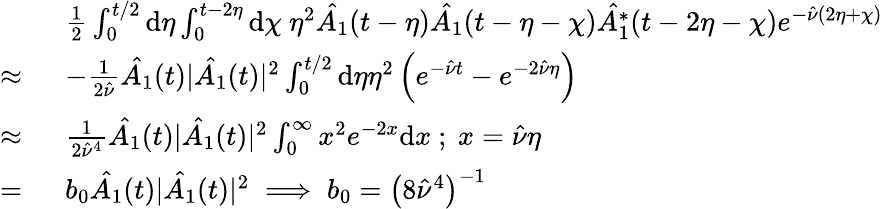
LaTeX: \begin{array}{rl}&{\frac{1}{2}\int_{0}^{t/2}\mathrm{d}\eta\int_{0}^{t-2\eta}\mathrm{d}\chi\ \eta^{2}\hat{A_{1}}(t-\eta)\hat{A_{1}}(t-\eta-\chi)\hat{A_{1}^{*}}(t-2\eta-\chi)e^{-\hat{\nu}(2\eta+\chi)}}\\ {\approx\ }&{-\frac{1}{2\hat{\nu}}\hat{A_{1}}(t)|\hat{A_{1}}(t)|^{2}\int_{0}^{t/2}\mathrm{d}\eta\eta^{2}\left(e^{-\hat{\nu}t}-e^{-2\hat{\nu}\eta}\right)}\\ {\approx\ }&{\frac{1}{2\hat{\nu}^{4}}\hat{A_{1}}(t)|\hat{A_{1}}(t)|^{2}\int_{0}^{\infty}x^{2}e^{-2x}\mathrm{d}x\ ;\ x=\hat{\nu}\eta}\\ {=\ }&{b_{0}\hat{A_{1}}(t)|\hat{A_{1}}(t)|^{2}\implies b_{0}=\left(8\hat{\nu}^{4}\right)^{-1}}\end{array}